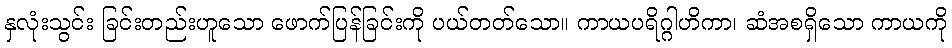
နှလုံးသွင်း ခြင်းတည်းဟူသော ဖောက်ပြန်ခြင်းကို ပယ်တတ်သော။ ကာယပရိဂ္ဂါဟိကာ၊ ဆံအစရှိသော ကာယကို